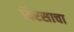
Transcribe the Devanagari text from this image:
बिरसाचा